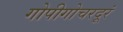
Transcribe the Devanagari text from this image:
गोपीगोचरदूरं